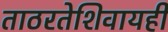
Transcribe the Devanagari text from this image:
ताठरतेशिवायही